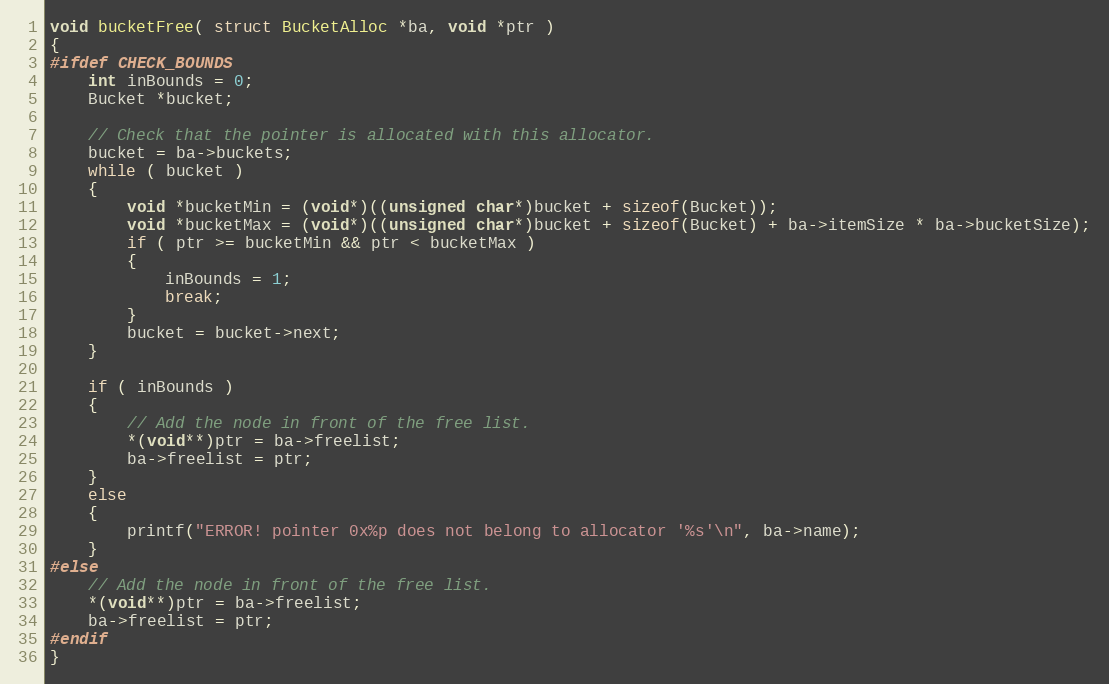
Language: C
void bucketFree( struct BucketAlloc *ba, void *ptr )
{
#ifdef CHECK_BOUNDS
	int inBounds = 0;
	Bucket *bucket;

	// Check that the pointer is allocated with this allocator.
	bucket = ba->buckets;
	while ( bucket )
	{
		void *bucketMin = (void*)((unsigned char*)bucket + sizeof(Bucket));
		void *bucketMax = (void*)((unsigned char*)bucket + sizeof(Bucket) + ba->itemSize * ba->bucketSize);
		if ( ptr >= bucketMin && ptr < bucketMax )
		{
			inBounds = 1;
			break;
		}
		bucket = bucket->next;
	}

	if ( inBounds )
	{
		// Add the node in front of the free list.
		*(void**)ptr = ba->freelist;
		ba->freelist = ptr;
	}
	else
	{
		printf("ERROR! pointer 0x%p does not belong to allocator '%s'\n", ba->name);
	}
#else
	// Add the node in front of the free list.
	*(void**)ptr = ba->freelist;
	ba->freelist = ptr;
#endif
}